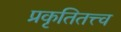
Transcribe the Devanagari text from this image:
प्रकृतितत्त्व